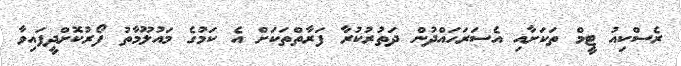
ރެސްކިއު ޓީމް ތަކަށާއި އެސަރަހައްދުން ދަތުރުކުރާ ފަރާތްތަކަށް އެ ކަމުގެ މައުލޫމާތު ފޯރުކޮށްދީފައިވާ